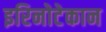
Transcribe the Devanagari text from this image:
इरिनोटेकान